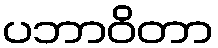
ပဘာဝိတာ